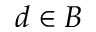
d \in B